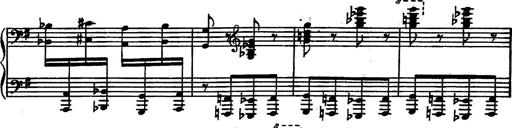
Title: Magyar rapszÃ³diÃ¡k
Composer: Franz Liszt